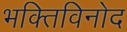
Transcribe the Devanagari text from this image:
भक्तिविनोद